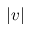
| v |